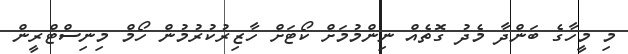
މި މީހާގެ ބަންދާ މެދު ގޮތެއް ނިންމުމަށް ކޯޓަށް ހާޒިރުކުރުމުން ހޯމް މިނިސްޓްރީން